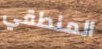
المنطقي